Indian journal of veterinary science and animal husbandry - Volumes 22-23, 1952-1953
Year: 1952
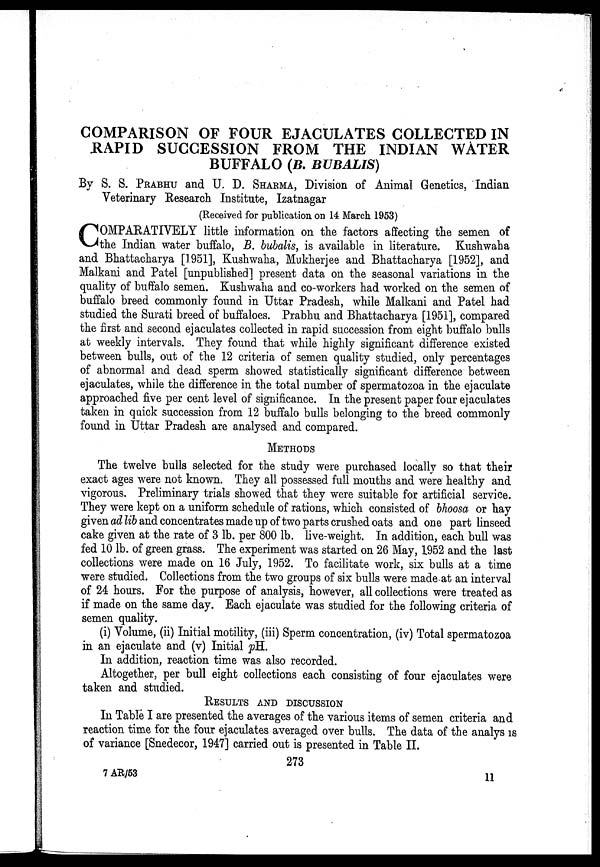
COMPARISON OF FOUR EJACULATES COLLECTED IN
RAPID SUCCESSION FROM THE INDIAN WATER
BUFFALO (B. BUBALIS)
By S. S. PRABHU and U. D. SHARMA, Division of Animal Genetics, Indian
Veterinary Research Institute, Izatnagar
(Received for publication on 14 March 1953)
C OMPARATIVELY little information on the factors affecting the semen of
the Indian water buffalo, B. bubalis, is available in literature. Kushwaha
and Bhattacharya [1951], Kushwaha, Mukherjee and Bhattacharya [1952], and
Malkani and Patel [unpublished] present data on the seasonal variations in the
quality of buffalo semen. Kushwaha and co-workers had worked on the semen of
buffalo breed commonly found in Uttar Pradesh, while Malkani and Patel had
studied the Surati breed of buffaloes. Prabhu and Bhattacharya [1951], compared
the first and second ejaculates collected in rapid succession from eight buffalo bulls
at weekly intervals. They found that while highly significant difference existed
between bulls, out of the 12 criteria of semen quality studied, only percentages
of abnormal and dead sperm showed statistically significant difference between
ejaculates, while the difference in the total number of spermatozoa in the ejaculate
approached five per cent level of significance. In the present paper four ejaculates
taken in quick succession from 12 buffalo bulls belonging to the breed commonly
found in Uttar Pradesh are analysed and compared.
METHODS
The twelve bulls selected for the study were purchased locally so that their
exact ages were not known. They all possessed full mouths and were healthy and
vigorous. Preliminary trials showed that they were suitable for artificial service.
They were kept on a uniform schedule of rations, which consisted of bhoosa or hay
given ad lib and concentrates made up of two parts crushed oats and one part linseed
cake given at the rate of 3 lb. per 800 lb. live-weight. In addition, each bull was
fed 10 lb. of green grass. The experiment was started on 26 May, 1952 and the last
collections were made on 16 July, 1952. To facilitate work, six bulls at a time
were studied. Collections from the two groups of six bulls were made at an interval
of 24 hours. For the purpose of analysis, however, all collections were treated as
if made on the same day. Each ejaculate was studied for the following criteria of
semen quality.
(i) Volume, (ii) Initial motility, (iii) Sperm concentration, (iv) Total spermatozoa
in an ejaculate and (v) Initial pH.
In addition, reaction time was also recorded.
Altogether, per bull eight collections each consisting of four ejaculates were
taken and studied.
RESULTS AND DISCUSSION
In Table I are presented the averages of the various items of semen criteria and
reaction time for the four ejaculates averaged over bulls. The data of the analys is
of variance [Snedecor, 1947] carried out is presented in Table II.
273
7 AR/53
11